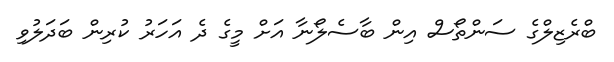
ބްރެޒިލްގެ ސަންތޯސް އިން ބާސެލޯނާ އަށް މީގެ ދެ އަހަރު ކުރިން ބަދަލުވި